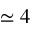
\simeq 4